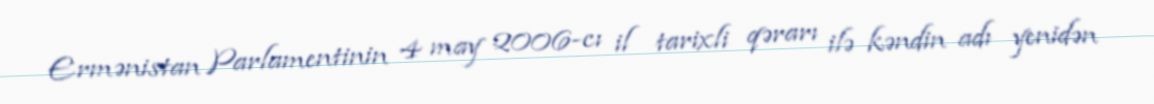
Ermənistan Parlamentinin 4 may 2006-cı il tarixli qərarı ilə kəndin adı yenidən